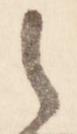
之